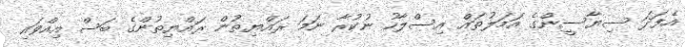
އެފަދަ ސިޔާސީންގެ އަމަލުތައް އިސްލާހު ނުކުރާ ނަމަ ރައްޔިތުން ރައްޔިތުންގެ ބަސް އިއްވައި